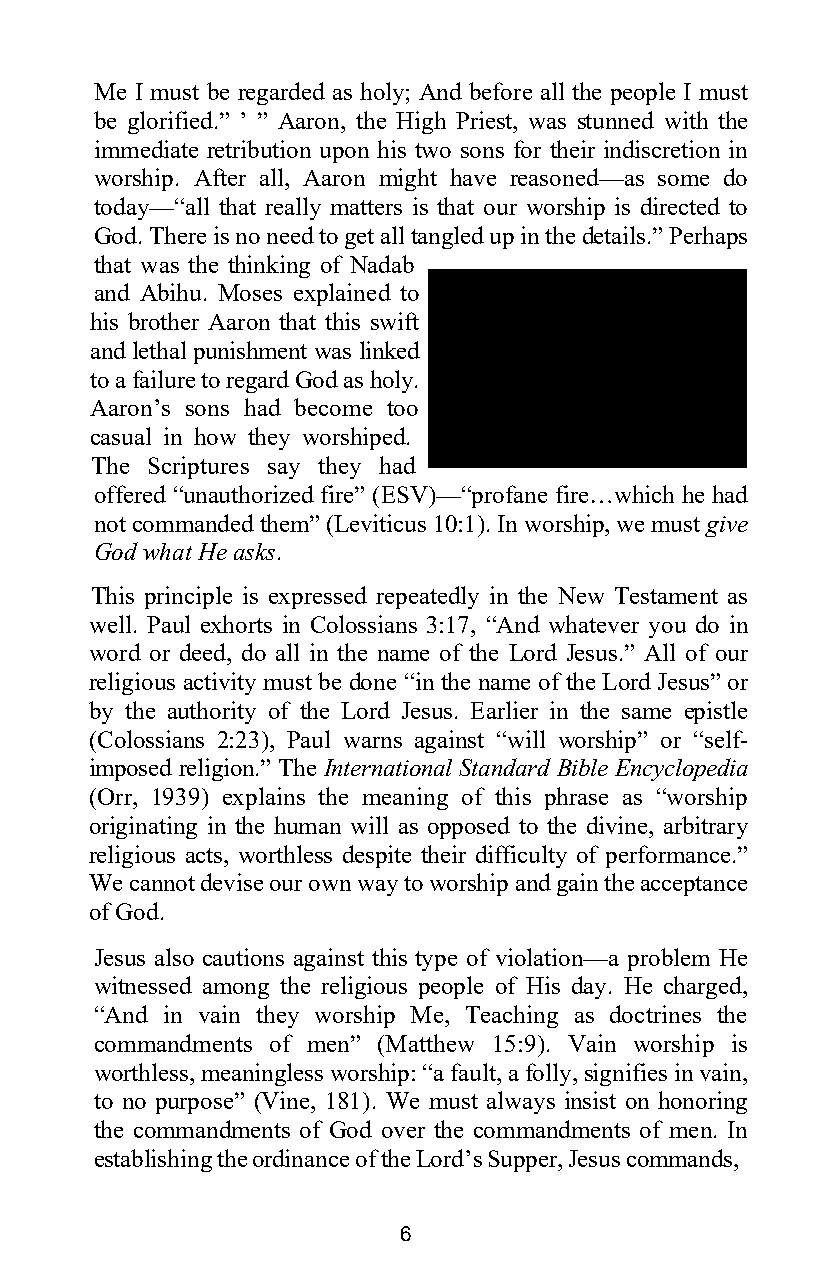
Me I must be regarded as holy; And before all the people I must
 be glorified.” ’ ” Aaron, the High Priest, was stunned with the
 immediate retribution upon his two sons for their indiscretion in
 worship. After all, Aaron might have reasoned—as some do
 today—“all that really matters is that our worship is directed to
 God. There is no need to get all tangled up in the details.” Perhaps
 that was the thinking of Nadab
 and Abihu. Moses explained to
 his brother Aaron that this swift
 and lethal punishment was linked
 to a failure to regard God as holy.
 Aaron’s sons had become too
 casual in how they worshiped.
 The Scriptures say they had
 offered “unauthorized fire” (ESV)—“profane fire…which he had
 not commanded them” (Leviticus 10:1). In worship, we must give
 God what He asks.
 This principle is expressed repeatedly in the New Testament as
 well. Paul exhorts in Colossians 3:17, “And whatever you do in
 word or deed, do all in the name of the Lord Jesus.” All of our
 religious activity must be done “in the name of the Lord Jesus” or
 by the authority of the Lord Jesus. Earlier in the same epistle
 (Colossians 2:23), Paul warns against “will worship” or “self-
 imposed religion.” The International Standard Bible Encyclopedia
 (Orr, 1939) explains the meaning of this phrase as “worship
 originating in the human will as opposed to the divine, arbitrary
 religious acts, worthless despite their difficulty of performance.”
 We cannot devise our own way to worship and gain the acceptance
 of God.
 Jesus also cautions against this type of violation—a problem He
 witnessed among the religious people of His day. He charged,
 “And in vain they worship Me, Teaching as doctrines the
 commandments of men” (Matthew 15:9). Vain worship is
 worthless, meaningless worship: “a fault, a folly, signifies in vain,
 to no purpose” (Vine, 181). We must always insist on honoring
 the commandments of God over the commandments of men. In
 establishing the ordinance of the Lord’s Supper, Jesus commands,
 6